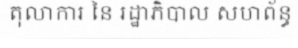
តុលាការ នៃ រដ្ឋាភិបាល សហព័ន្ធ